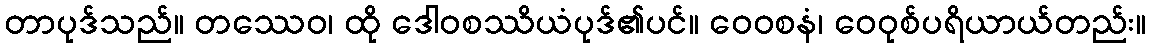
တာပုဒ်သည်။ တဿေဝ၊ ထို ဒေါဝစဿိယံပုဒ်၏ပင်။ ဝေဝစနံ၊ ဝေဝုစ်ပရိယာယ်တည်း။